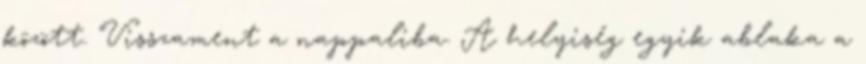
között. Visszament a nappaliba. A helyiség egyik ablaka a